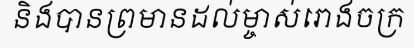
និងបានព្រមានដល់ម្ចាស់រោងចក្រ